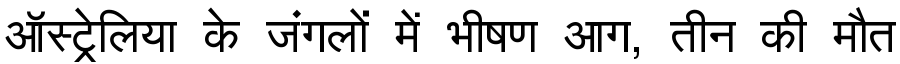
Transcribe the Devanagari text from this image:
ऑस्ट्रेलिया के जंगलों में भीषण आग, तीन की मौत